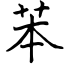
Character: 苯